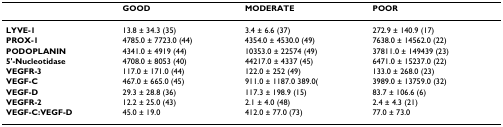
<table><thead><tr><td></td><td><b>GOOD</b></td><td><b>MODERATE</b></td><td><b>POOR</b></td></tr></thead><tbody><tr><td><b>LYVE-1</b></td><td>13.8 ± 34.3 (35)</td><td>3.4 ± 6.6 (37)</td><td>272.9 ± 140.9 (17)</td></tr><tr><td><b>PROX-1</b></td><td>4785.0 ± 7723.0 (44)</td><td>4354.0 ± 4530.0 (49)</td><td>7638.0 ± 14562.0 (22)</td></tr><tr><td><b>PODOPLANIN</b></td><td>4341.0 ± 4919 (44)</td><td>10353.0 ± 22574 (49)</td><td>37811.0 ± 149439 (23)</td></tr><tr><td><b>5&#x27;-Nucleotidase</b></td><td>4708.0 ± 8053 (40)</td><td>44217.0 ± 4337 (45)</td><td>6471.0 ± 15237.0 (22)</td></tr><tr><td><b>VEGFR-3</b></td><td>117.0 ± 171.0 (44)</td><td>122.0 ± 252 (49)</td><td>133.0 ± 268.0 (23)</td></tr><tr><td><b>VEGF-C</b></td><td>467.0 ± 665.0 (45)</td><td>911.0 ± 1187.0 389.0(</td><td>3989.0 ± 13759.0 (32)</td></tr><tr><td><b>VEGF-D</b></td><td>29.3 ± 28.8 (36)</td><td>117.3 ± 198.9 (15)</td><td>83.7 ± 106.6 (6)</td></tr><tr><td><b>VEGFR-2</b></td><td>12.2 ± 25.0 (43)</td><td>2.1 ± 4.0 (48)</td><td>2.4 ± 4.3 (21)</td></tr><tr><td><b>VEGF-C:VEGF-D</b></td><td>45.0 ± 19.0</td><td>412.0 ± 77.0 (73)</td><td>77.0 ± 73.0</td></tr></tbody></table>